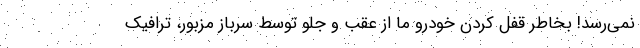
نمی‌رسد! بخاطر قفل کردن خودرو ما از عقب و جلو توسط سرباز مزبور، ترافیک